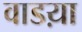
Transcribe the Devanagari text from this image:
वाडय़ा